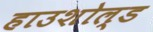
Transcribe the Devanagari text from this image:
हाउशोल्ड